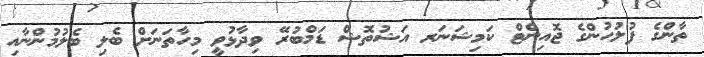
ތާންގެ ފުލުހުންގެ ޖޮއިންޓް ކަމިޝަނަރ އަޝުތޮޝް ޑަމްބުރޭ ވިދާޅުވީ މިހާތަނަށް ބެލި ބެލުމުންނާއި